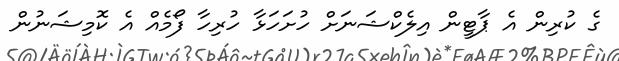
ގެ ކުރިން އެ ޕާޓީން އިލެކްޝަނަށް ހުށަހަޅާ ހުރިހާ ފޯމެއް އެ ކޮމިޝަނުން